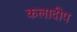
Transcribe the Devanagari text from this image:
कलादीप